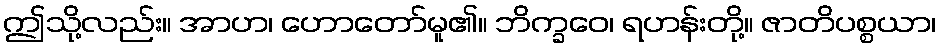
ဤသို့လည်း။ အာဟ၊ ဟောတော်မူ၏။ ဘိက္ခဝေ၊ ရဟန်းတို့။ ဇာတိပစ္စယာ၊